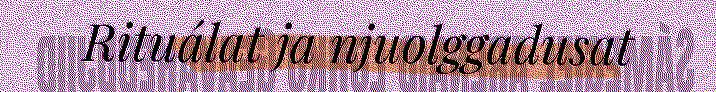
Rituálat ja njuolggadusat